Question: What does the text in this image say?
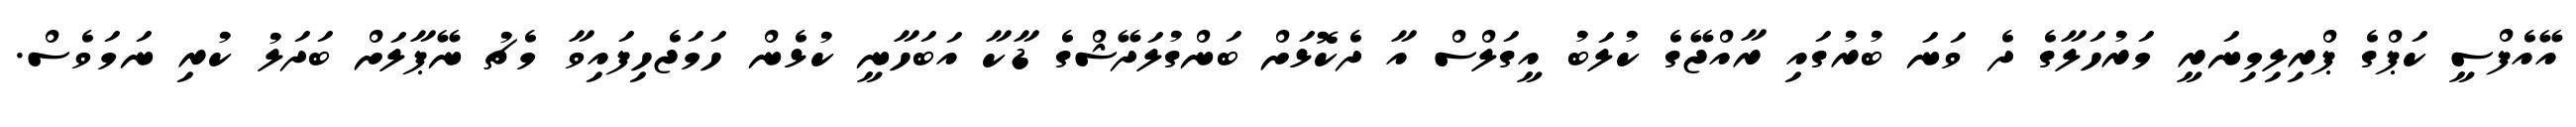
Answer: އޭއެފްސީ ކަޕްގެ ޕްރިލިމިނަރީ މަރުހަލާގެ ދެ ވަނަ ބުރުގައި ރާއްޖޭގެ ކުލަބު އީގަލްސް އާ ދެކޮޅަށް ބަންގުލަދޭޝްގެ ޑާކާ އަބަހާނީ ކުޅެން ހަމަޖެހިފައިވާ މެޗު ނޭޕާލަށް ބަދަލު ކުރި ނަމަވެސް.